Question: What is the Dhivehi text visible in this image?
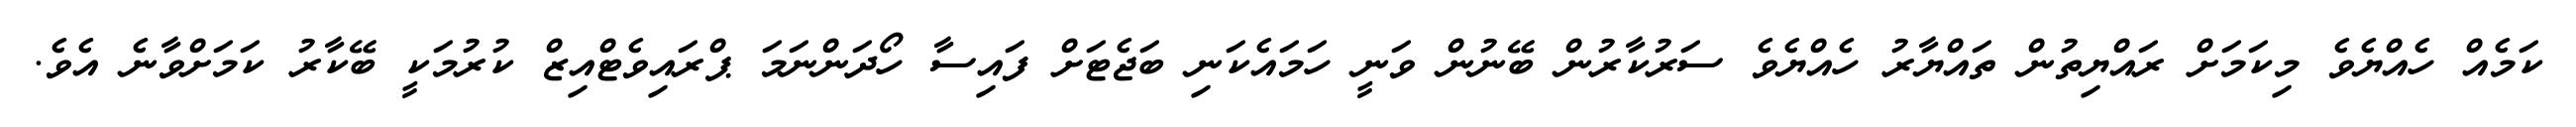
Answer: ކަމެއް ހެއްޔެވެ މިކަމަށް ރައްޔިތުން ތައްޔާރު ހެއްޔެވެ ސަރުކާރުން ބޭނުން ވަނީ ހަމައެކަނި ބަޖެޓަށް ފައިސާ ހޯދަންނަމަ ޕްރައިވެޓްއިޒް ކުރުމަކީ ބޭކާރު ކަމަށްވާނެ އެވެ.